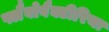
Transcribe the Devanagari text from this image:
फ्लैवोबैक्टीरिया